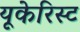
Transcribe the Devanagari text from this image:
यूकेरिस्ट